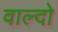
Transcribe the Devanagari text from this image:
वाल्दो